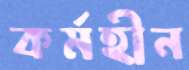
কর্মহীন